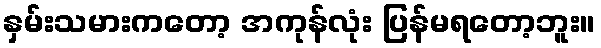
နှမ်းသမားကတော့ အကုန်လုံး ပြန်မရတော့ဘူး။